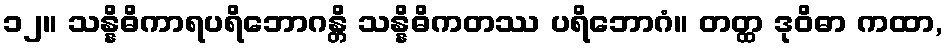
၁၂။ သန္နိဓိကာရပရိဘောဂန္တိ သန္နိဓိကတဿ ပရိဘောဂံ။ တတ္ထ ဒုဝိဓာ ကထာ,